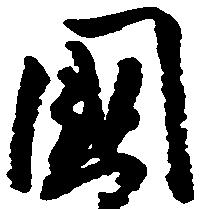
国